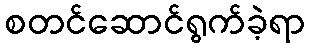
စတင်ဆောင်ရွက်ခဲ့ရာ